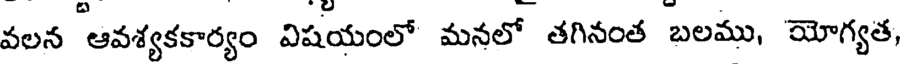
వలన 'ఆవశ్యకకార్యం విషయంలో మనలో తగినంత బలము, యోగ్యత,